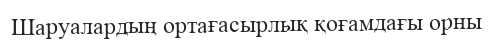
Шаруалардың ортағасырлық қоғамдағы орны